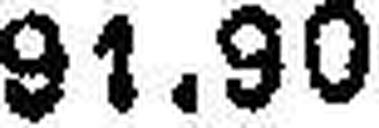
91.90